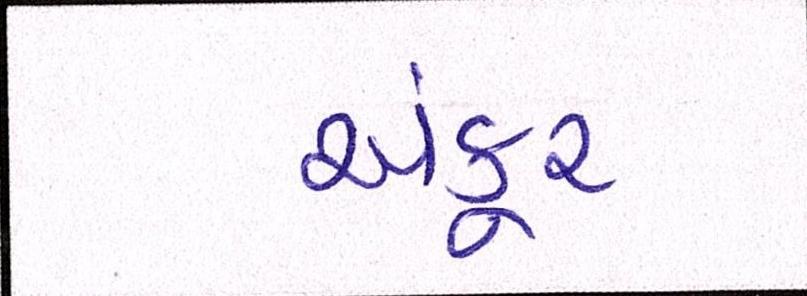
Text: અંકુર